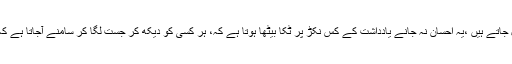
ہاں وہی ہم جو دن بھر میں دسیوں اہم کام اور ،ضرورت کی چیزیں رکھ رکھ کر بھول جاتے ہیں ،یہ احسان نہ جانے یادداشت کے کس نکڑ پر ٹکا بیٹھا ہوتا ہے کہ، ہر کسی کو دیکھ کر جست لگا کر سامنے آجاتا ہے کہ چلو اسے تو بتادو کہ فلاں کے ساتھ تم نے کیا "فیاضی اور بڑے پن" کا مظاہرہ کیا ۔